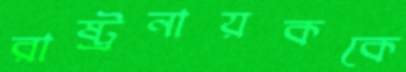
রাষ্ট্রনায়ককে